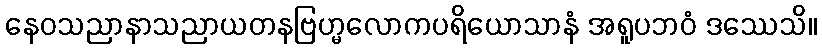
နေဝသညာနာသညာယတနဗြဟ္မလောကပရိယောသာနံ အရူပဘဝံ ဒဿေသိ။